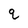
Character: q